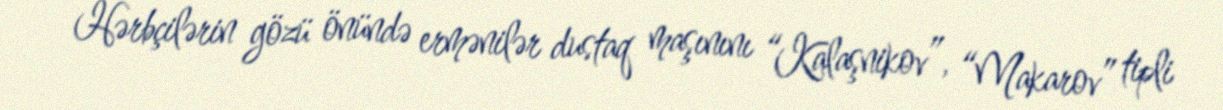
Hərbçilərin gözü önündə ermənilər dustaq maşınını “Kalaşnikov”, “Makarov” tipli